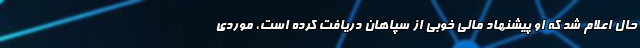
حال اعلام شد که او پیشنهاد مالی خوبی از سپاهان دریافت کرده است، موردی